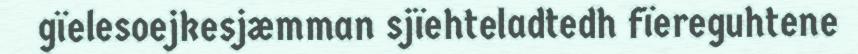
gïelesoejkesjæmman sjïehteladtedh fïereguhtene